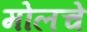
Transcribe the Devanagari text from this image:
मोलचे